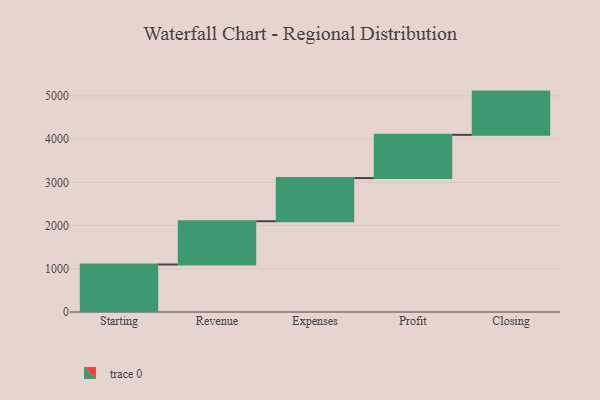
{"axis": {"x": "Step", "y": "Value"}, "legend": [""], "data": [{"x": "Starting", "y": 1099.0, "type": ""}, {"x": "Revenue", "y": 1000, "type": ""}, {"x": "Expenses", "y": 1000, "type": ""}, {"x": "Profit", "y": 1000, "type": ""}, {"x": "Closing", "y": 1000, "type": ""}]}